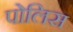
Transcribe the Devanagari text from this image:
पोलिस